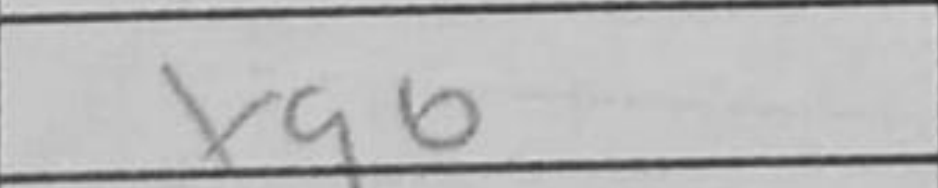
Transcription: hxg5